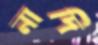
নাদি